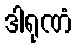
ဒါရုဏံ